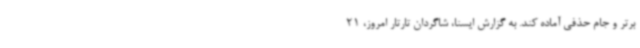
برتر و جام حذفی آماده کند. به گزارش ایسنا، شاگردان تارتار امروز، 21